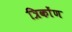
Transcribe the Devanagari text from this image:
त्रिकोंण